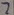
Text: 2